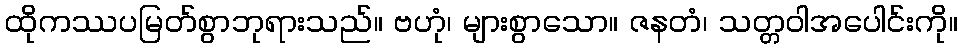
ထိုကဿပမြတ်စွာဘုရားသည်။ ဗဟုံ၊ များစွာသော။ ဇနတံ၊ သတ္တဝါအပေါင်းကို။